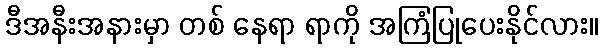
ဒီအနီးအနားမှာ တစ် နေရာ ရာကို အကြံပြုပေးနိုင်လား။